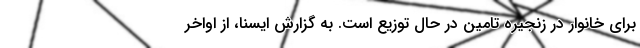
برای خانوار در زنجیره تامین در حال توزیع است. به گزارش ایسنا، از اواخر